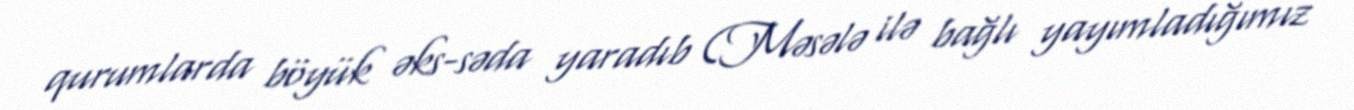
qurumlarda böyük əks-səda yaradıb (Məsələ ilə bağlı yayımladığımız